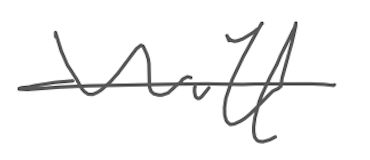
Text: will
Cross-out: single-line
Writing tool: digital_gray